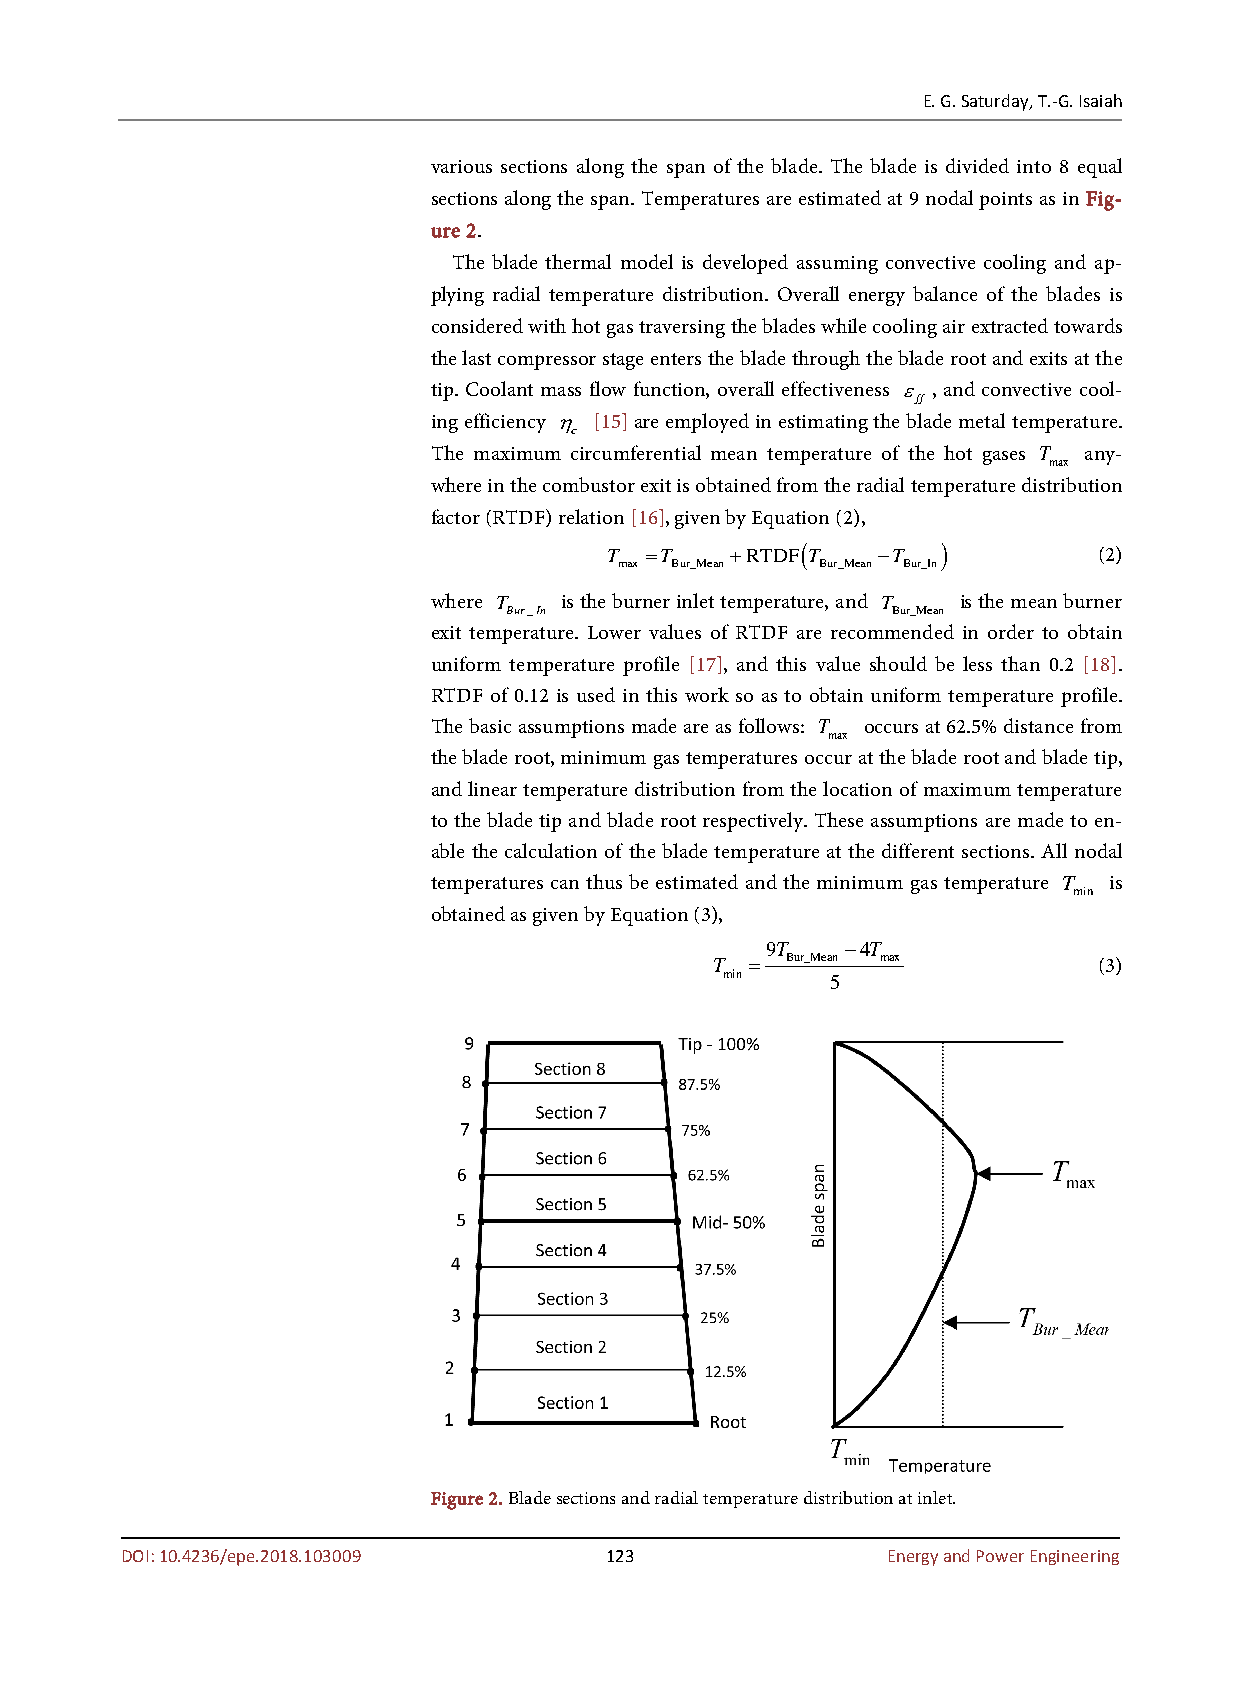
E. G. Saturday, T.-G. Isaiah
 various sections along the span of the blade. The blade is divided into 8 equal
 sections along the span. Temperatures are estimated at 9 nodal points as in Fig-
 ure 2.
 The blade thermal model is developed assuming convective cooling and ap-
 plying radial temperature distribution. Overall energy balance of the blades is
 considered with hot gas traversing the blades while cooling air extracted towards
 the last compressor stage enters the blade through the blade root and exits at the
 tip. Coolant mass flow function, overall effectiveness ε , and convective cool-
 ff
 ing efficiency η [15] are employed in estimating the blade metal temperature.
 c
 The maximum circumferential mean temperature of the hot gases T any-
 max
 where in the combustor exit is obtained from the radial temperature distribution
 factor (RTDF) relation [16], given by Equation (2),
 (        )
 T  =T   +RTDF T   −T             (2)
 max Bur_Mean Bur_Mean Bur_In
 where T is the burner inlet temperature, and T is the mean burner
 Bur_In                   Bur_Mean
 exit temperature. Lower values of RTDF are recommended in order to obtain
 uniform temperature profile [17], and this value should be less than 0.2 [18].
 RTDF of 0.12 is used in this work so as to obtain uniform temperature profile.
 The basic assumptions made are as follows: T occurs at 62.5% distance from
 max
 the blade root, minimum gas temperatures occur at the blade root and blade tip,
 and linear temperature distribution from the location of maximum temperature
 to the blade tip and blade root respectively. These assumptions are made to en-
 able the calculation of the blade temperature at the different sections. All nodal
 temperatures can thus be estimated and the minimum gas temperature T is
 min
 obtained as given by Equation (3),
 9T   −4T
 T  = Bur_Mean max         (3)
 min    5
 Figure 2. Blade sections and radial temperature distribution at inlet.
 DOI: 10.4236/epe.2018.103009    123                Energy and Power Engineering